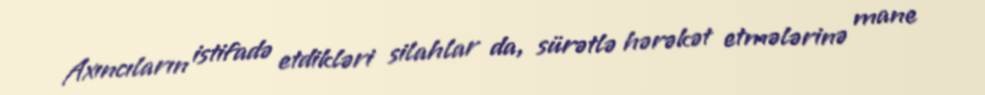
Axıncıların istifadə etdikləri silahlar da, sürətlə hərəkət etmələrinə mane